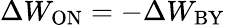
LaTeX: \Delta W_{\mathrm{ON}}=-\Delta W_{\mathrm{BY}}